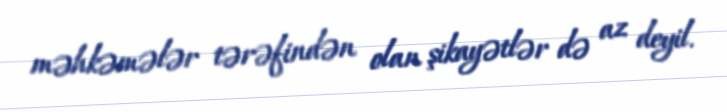
məhkəmələr tərəfindən olan şikayətlər də az deyil.